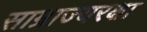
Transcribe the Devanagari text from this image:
साम्राज्यरक्षा